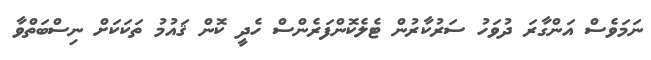
ނަމަވެސް އަންގާރަ ދުވަހު ސަރުކާރުން ޓެލެކޮންފަރެންސް ހެދީ ކޮން ޤައުމު ތަކަކަށް ނިސްބަތްވާ